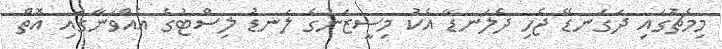
މިމެޗުގައި ދަގަނޑޭ ޖެހި ދެލަނޑާ އެކު މިސީޒަނުގެ ލަނޑު ލިސްޓުގެ އެއްވަނާގައި އޮތް